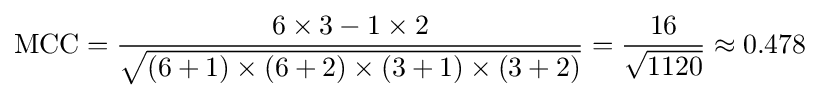
{\text{MCC}}={\frac {6\times 3-1\times 2}{\sqrt {(6+1)\times (6+2)\times (3+1)\times (3+2)}}}={\frac {16}{\sqrt {1120}}}\approx 0.478